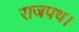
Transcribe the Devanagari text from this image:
राजपथ।